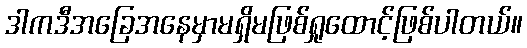
ဒါကဒီအခြေအနေမှာမရှိမဖြစ်ရှုထောင့်ဖြစ်ပါတယ်။